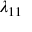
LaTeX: \lambda _ { 1 1 }